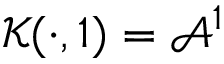
\mathcal { K } ( \cdot , 1 ) = \mathcal { A } ^ { 1 }